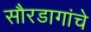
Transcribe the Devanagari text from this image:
सौरडागांचे